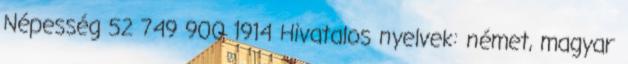
Népesség 52 749 900 1914 Hivatalos nyelvek: német, magyar